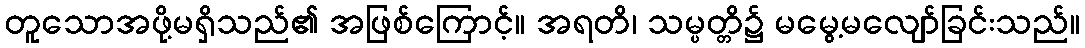
တူသောအဖို့မရှိသည်၏ အဖြစ်ကြောင့်။ အရတိ၊ သမ္ပတ္တိ၌ မမွေ့မလျော်ခြင်းသည်။